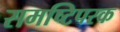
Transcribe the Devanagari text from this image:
समष्टिपरक